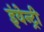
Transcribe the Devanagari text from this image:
इंवेन्ट्री